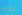
كذلك